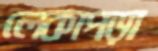
লেকাপড়া